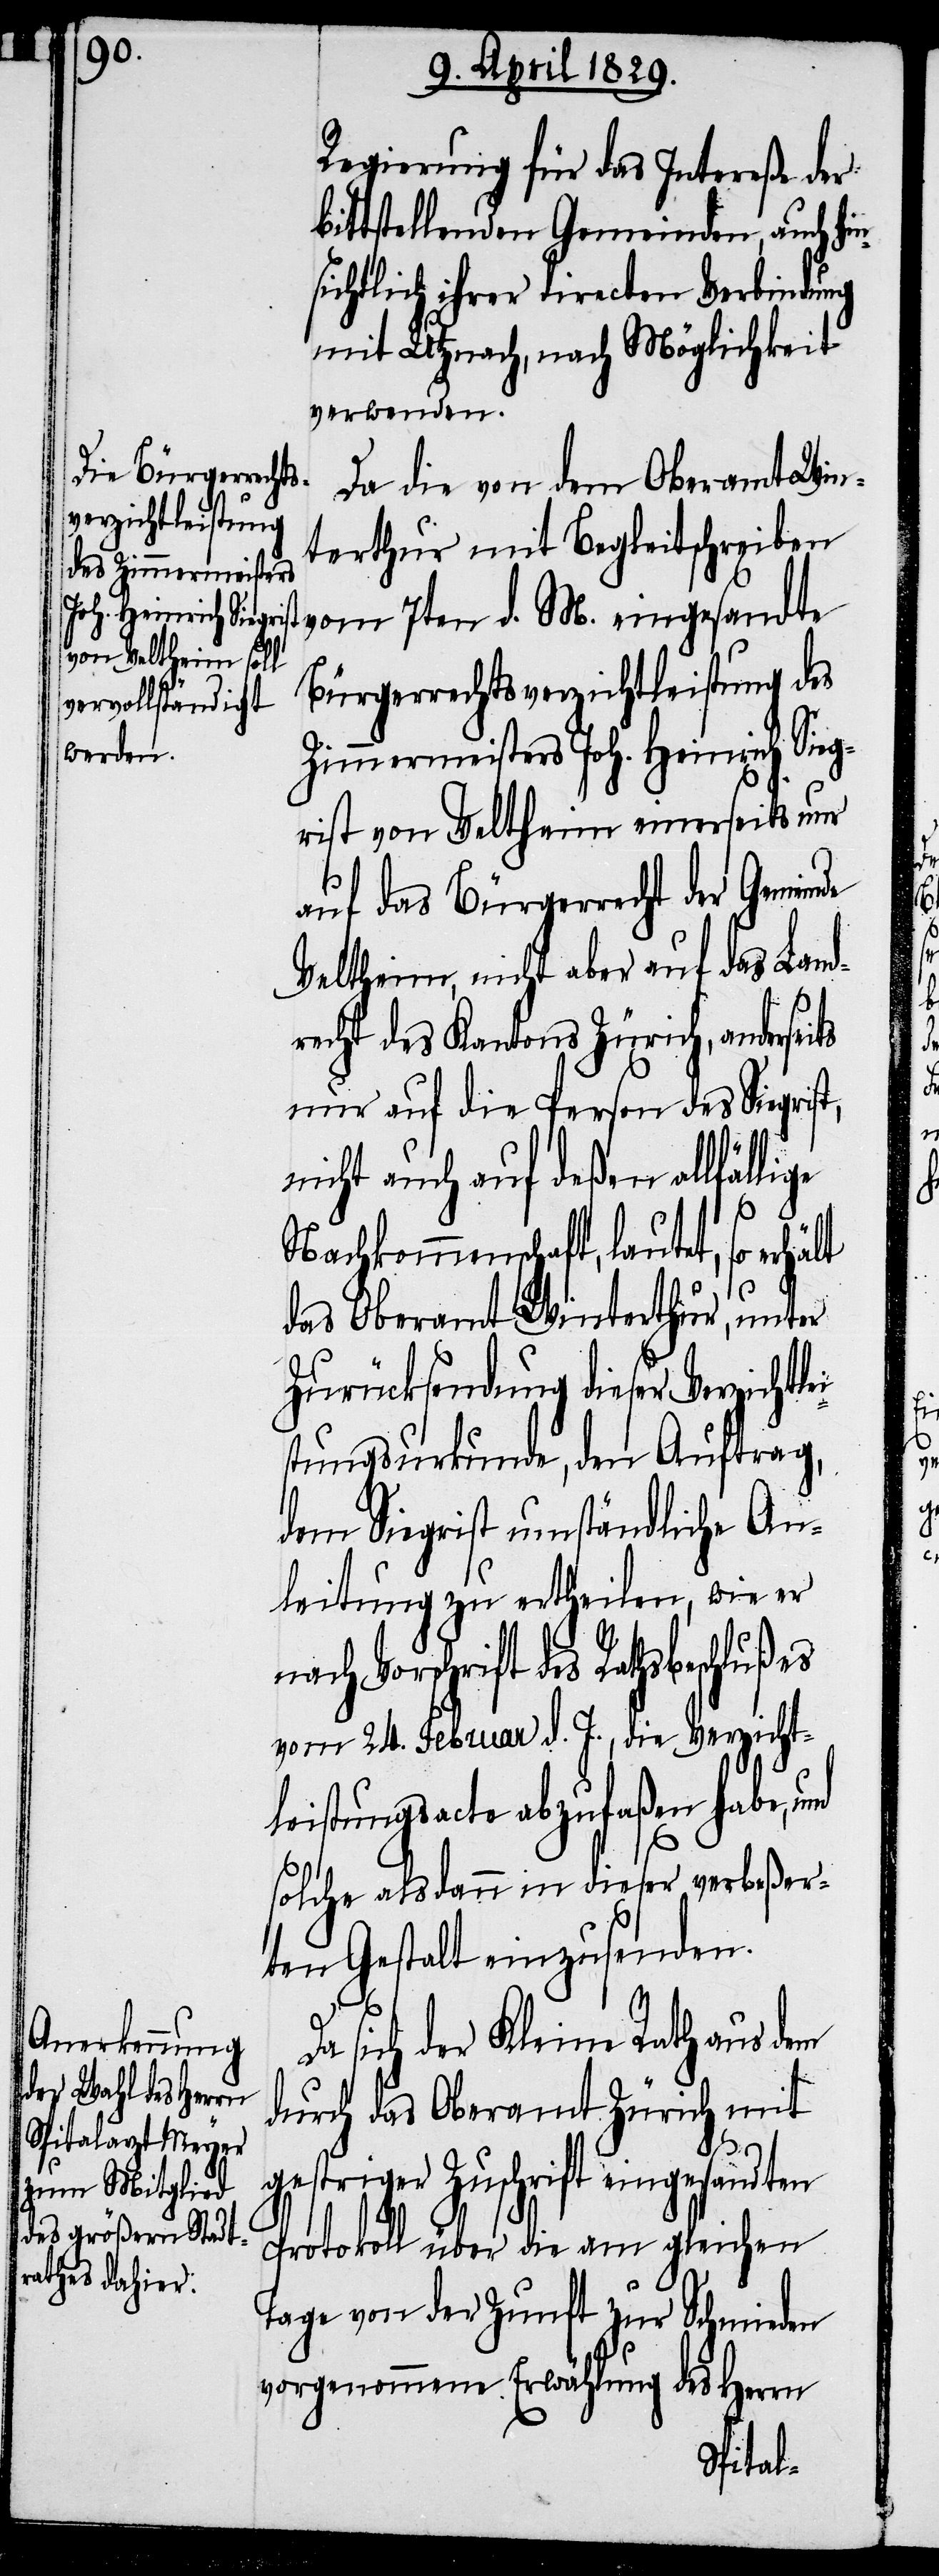
Regierung für das Intereße der
bittstellenden Gemeinden, auch hin¬
sichtlich ihrer directen Verbindung
mit Utznach, nach Möglichkeit
verwenden.
Da die von dem Oberamt Win¬
terthur mit Begleitschreiben
vom 7ten d. M. eingesandte
Bürgerrechtsverzichtleistung des
Zimmermeisters Joh. Heinrich Sieg¬
rist von Veltheim einerseits nur
auf das Bürgerrecht der Gemeinde
Veltheim, nicht aber auf das Land¬
recht des Kantons Zürich, anderseits
nur auf die Person des Siegris¬
nicht auch auf deßen allfällige
lt
Nachkommenschaft, lautet, so erhä¬
das Oberamt Winterthur, unter
Zurücksendung dieser Verzichts¬
stungsurkunde, den Auftrag,
dem Siegrist umständliche An¬
leitung zu ertheilen, wie er
schrift des Rathsbeschlußes
vom 24. Februar d. J., die Verzicht¬
leistungsacte abzufaßen habe, und
solche alsdann in dieser verbeßer¬
ten Gestalt einzusenden.
Da sich der Kleine Rath aus dem
durch das Oberamt Zürich mit
t,
Vor¬
gestriger Zuschrift eingesandten
Protokoll über die am gleichen
Tage von der Zunft zur Schmieden
vorgenommenen Erwählung des Herrn